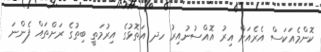
ކޮންމެއަކަސް އެރެއަށް އިރު އޮއްސުނުއިރު ހދ އަތޮޅުގެ އިރުމަތީ ބިތުގެ ރަށްތައް ފެންނަ